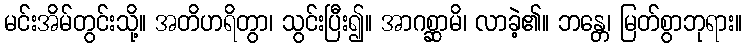
မင်းအိမ်တွင်းသို့။ အတိဟရိတွာ၊ သွင်းပြီး၍။ အာဂစ္ဆာမိ၊ လာခဲ့၏။ ဘန္တေ၊ မြတ်စွာဘုရား။